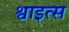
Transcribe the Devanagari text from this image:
श्वाइत्स